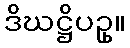
ဒိဃဋ္ဌိပဥှ။